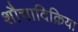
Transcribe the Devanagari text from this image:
शौचादिक्रिया